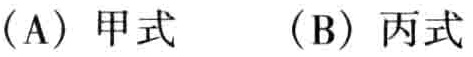
（A）甲式 （B）丙式